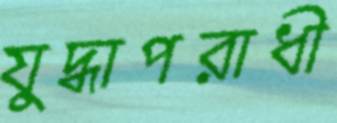
যুদ্ধাপরাধী